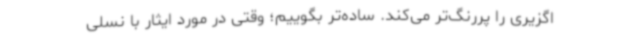
اگزیری را پررنگ‌تر می‌کند. ساده‌تر بگوییم؛ وقتی در مورد ایثار با نسلی